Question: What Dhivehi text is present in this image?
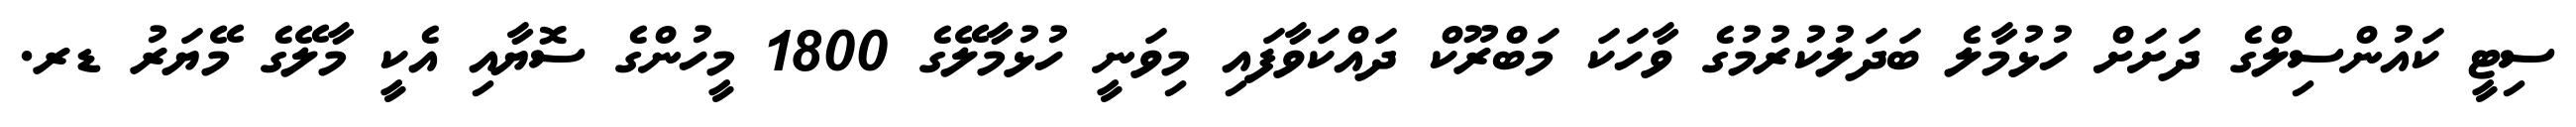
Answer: ސިޓީ ކައުންސިލްގެ ދަށަށް ހުޅުމާލެ ބަދަލުކުރުމުގެ ވާހަކަ މަބްރޫކް ދައްކަވާފައި މިވަނީ ހުޅުމާލޭގެ 1800 މީހުންގެ ސޮޔާއި އެކީ މާލޭގެ މޭޔަރު ޑރ.